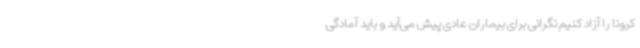
کرونا را آزاد کنیم نگرانی برای بیماران عادی پیش می‌آید و باید آمادگی